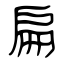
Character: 扁